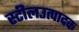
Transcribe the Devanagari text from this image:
स्टीलउत्पादक